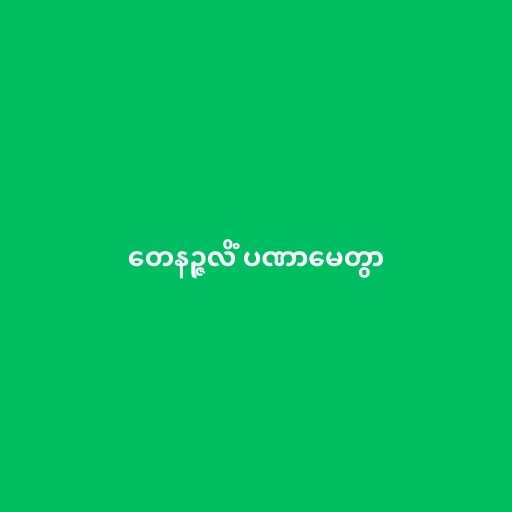
တေနဉ္ဇလိံ ပဏာမေတွာ